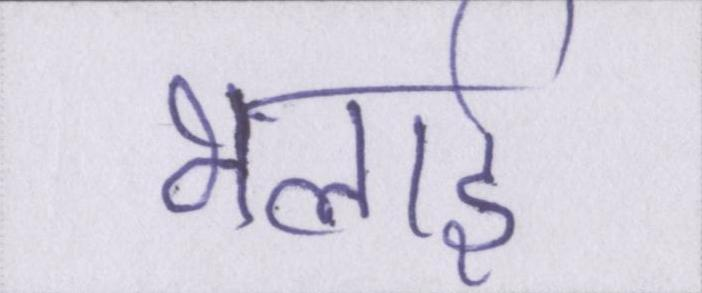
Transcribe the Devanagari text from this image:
भलाई